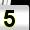
Digit: 5